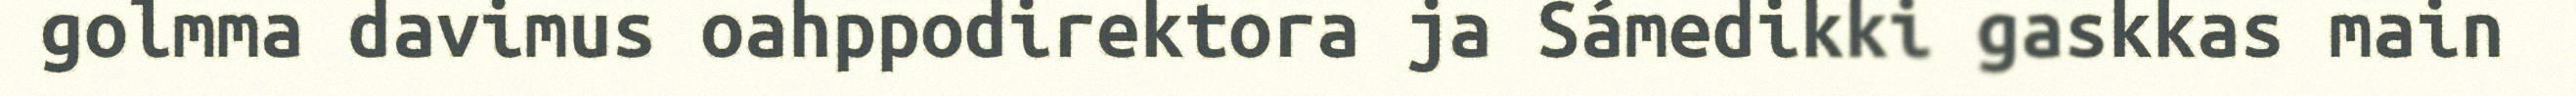
golmma davimus oahppodirektora ja Sámedikki gaskkas main